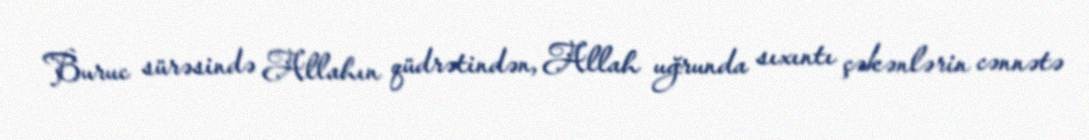
Buruc sürəsində Allahın qüdrətindən, Allah uğrunda sıxıntı çəkənlərin cənnətə